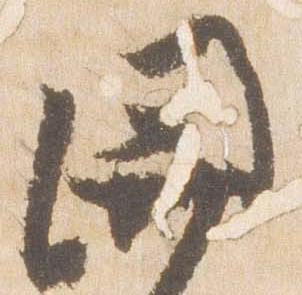
関